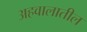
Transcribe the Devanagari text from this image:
अहवालातील